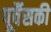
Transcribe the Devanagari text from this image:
पूर्वैसकी